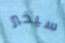
سيخبر